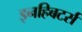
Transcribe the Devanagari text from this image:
इनहिबटर्स